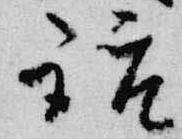
話